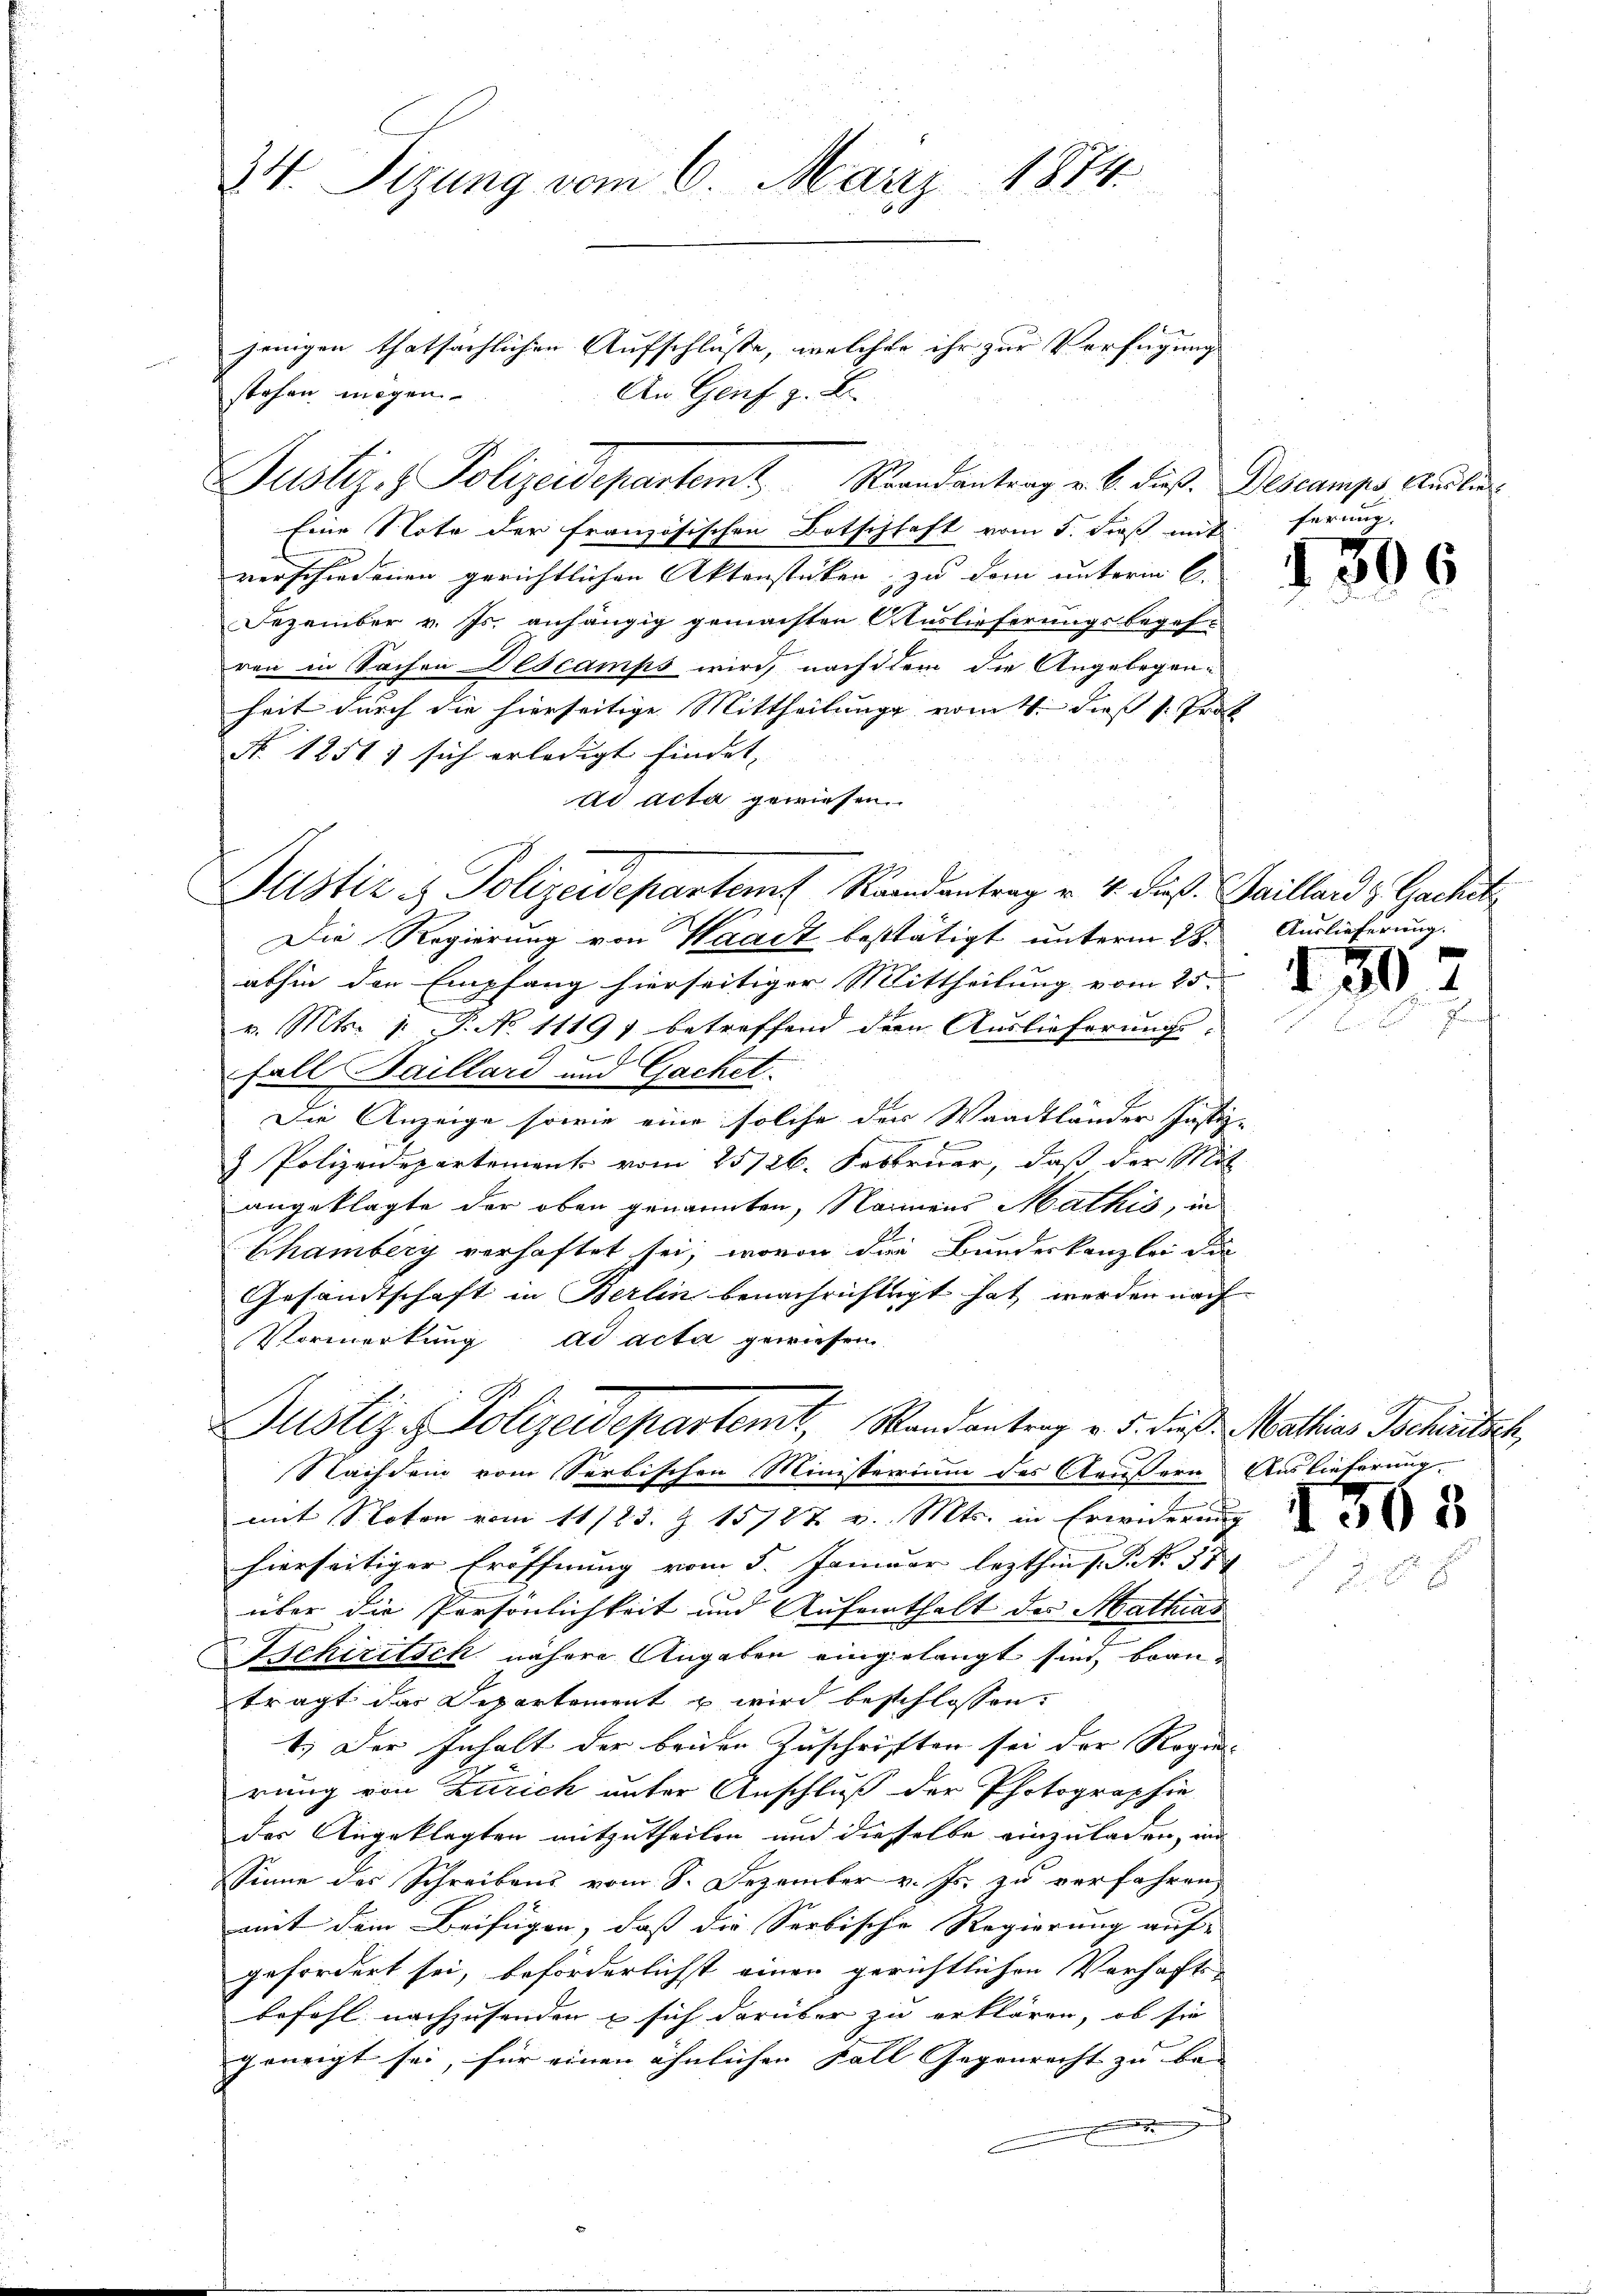
34. Sizung vom 6. März 1874.

stehen mögen.
Eine Note der französischen Botschhaft vom 5. Froß mit
verschiedenen gerichtlichen Aktenstücken zu dem unterm 6.
Dezember v. Js. anhängig gemachten Auslieferungsbegeh-
ren in Sachen Descamps wird, nachdem die Angelegenheit durch die hierseitige Mittheilung vom 4. dieß v. Pro
No 1251 sich erledigt findet, |
ad acta gewiesen.
Justiz & Polizeidepartem Randantrag v. 4. dieß.
Die Regierung von Waadt bestätigt unterm 28.
abhin den Empfang hierseitiger Mittheilung vom 25.
v. Mts. 1. P. No 11197 betreffend dem Auslieferungs-
Fall Saillard und Gachet.
Die Anzeige sowie eine solche der Waadtländer Justi
 x
& Polizeidepartement vom 25/26. Februar, daß der M
angeklagte der oben genannten, Namens Mathis, in
Echamberg verhaftet sei, wovon die Bundeskanzlei de
Gesandtschaft in Berlin benachrichtigt hat werden nach
Vormerkung ad acta gewiesen.
Justiz & Polizeidepartemt, Randantrag v. 5. dieß

jenigen thatsächlichen Aufschlüsse, welcher ihr zur Verfügung
An Genf z. B.

Justiz- & Polizeidepartemt Krandantrag u. b. dieß.

Nachdem vom Serbischen Ministerium des Atäußern Auslieferung

mit Noten vom 11/23. Z. 15787 v. Mts. in Erwiderung
hierseitiger Eröffnung vom 5. Januar lezthin 1 S. Nr. 57
über die Persönlichkeit und Aufenthalt des Mathias
Behiritsch nähere Angaben eingelangt sind, brauträgt das Departement u wird beschlossen:
1.) Der Inhalt der beiden Zuschriften sei der Regie-
rung von Zürich unter Anschluß der Photographie
der Angeklagten mitzutheilen und dieselbe einzuladen, und
Sinne des Schreibens vom 8. Dezember v. Js. zu verfahren,
mit dem Beifügen, dass die Serbische Regierung auf- |
gefordert sei, beförderlichst einen gerichtlichen Verhafts
befohl nachzusenden & sich darüber zu erklären, ob sie
geneigt sei, für einen ähnlichen Fall Gegenrecht zu be- |

Descamps, Auslie
ferung

439.

Saillard & Gachet
Auslieferung.

150

Mathias Schreitsch

1363